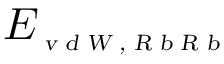
E _ { \scriptscriptstyle \textsl { v d W , R b R b } }